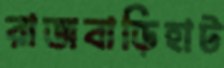
রাজবাড়িহাট